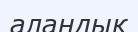
алаңдық